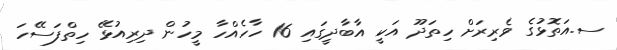
ސ.އަތޮޅުގެ ވެރިރަށް ހިތަދޫ އަކީ އާބާދީގައި 16 ހާހެއްހާ މީހުން ދިރިއުޅޭ ހިތްފަސޭހަ